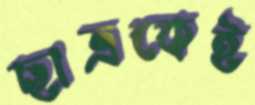
ছাত্রকেই